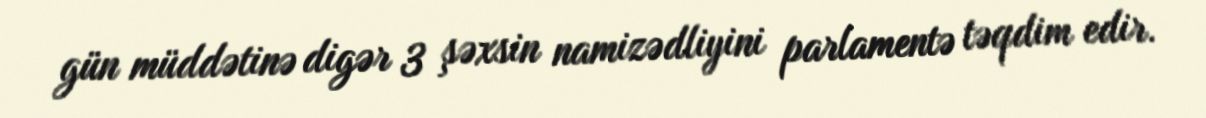
gün müddətinə digər 3 şəxsin namizədliyini parlamentə təqdim edir.